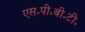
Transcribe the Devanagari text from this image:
एस॰पी॰बी॰टी॰